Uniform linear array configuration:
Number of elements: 4
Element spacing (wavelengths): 0.5
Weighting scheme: hamming
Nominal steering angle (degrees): -15
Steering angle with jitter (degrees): -16.2
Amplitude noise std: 0.05
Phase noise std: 0.05

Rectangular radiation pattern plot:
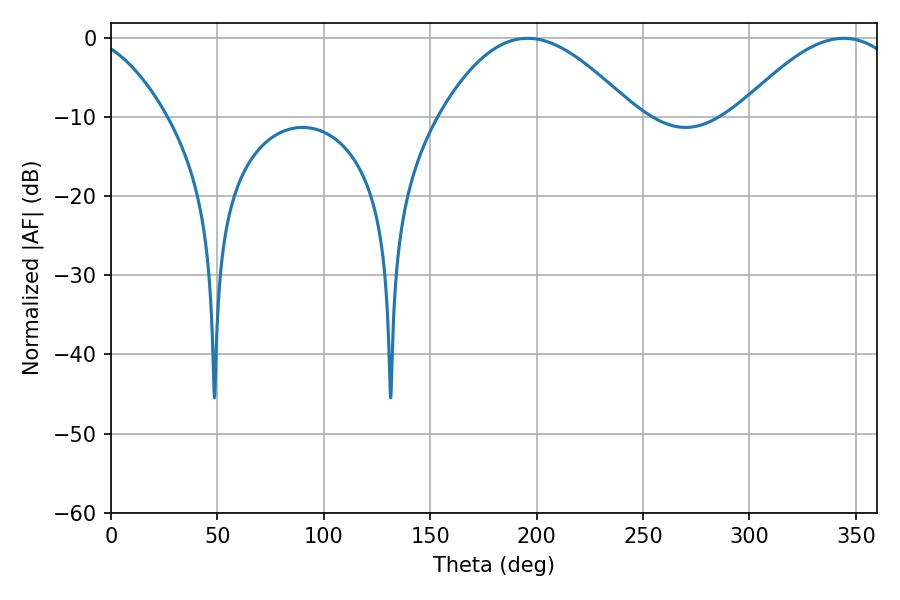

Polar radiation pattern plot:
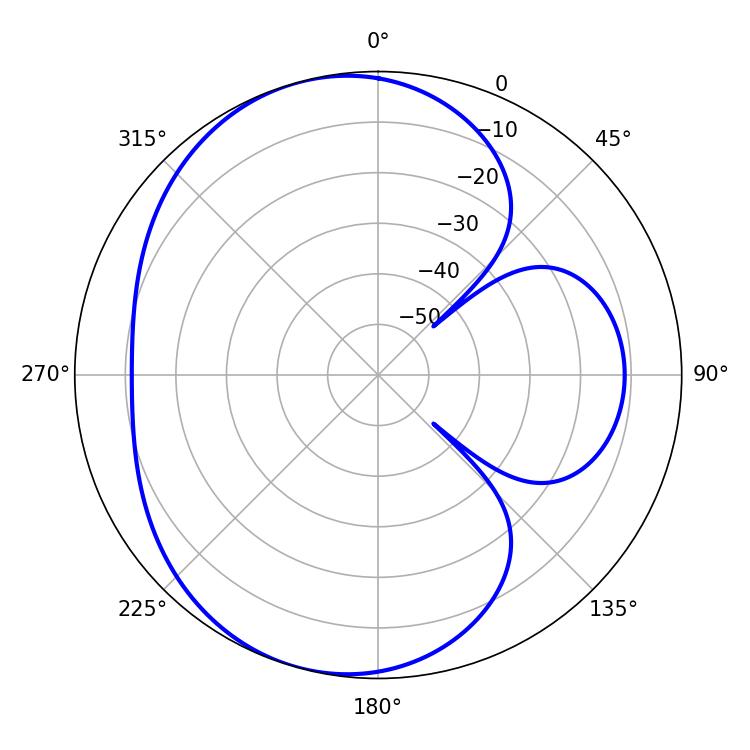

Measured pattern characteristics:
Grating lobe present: FALSE
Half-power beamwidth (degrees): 49.32
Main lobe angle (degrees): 195.66